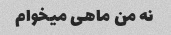
نه من ماهی میخوام